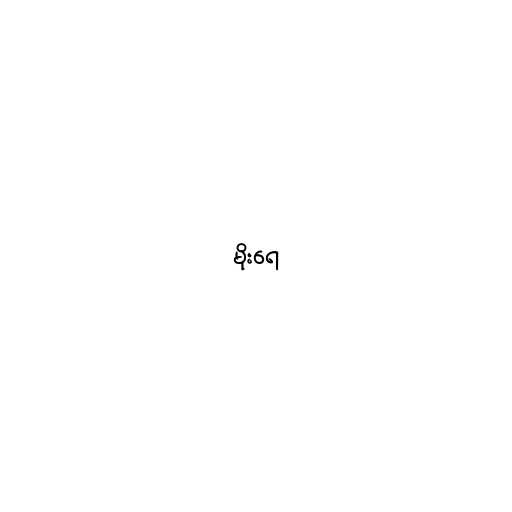
မိုးရေ